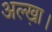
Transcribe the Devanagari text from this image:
अल्ख़ा।